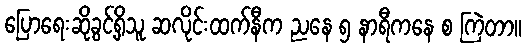
ပြောရေးဆိုခွင့်ရှိသူ ဆလိုင်းထက်နီက ညနေ ၅ နာရီကနေ စ ကြဲတာ။